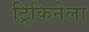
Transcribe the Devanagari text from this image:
ट्रिकिनेला